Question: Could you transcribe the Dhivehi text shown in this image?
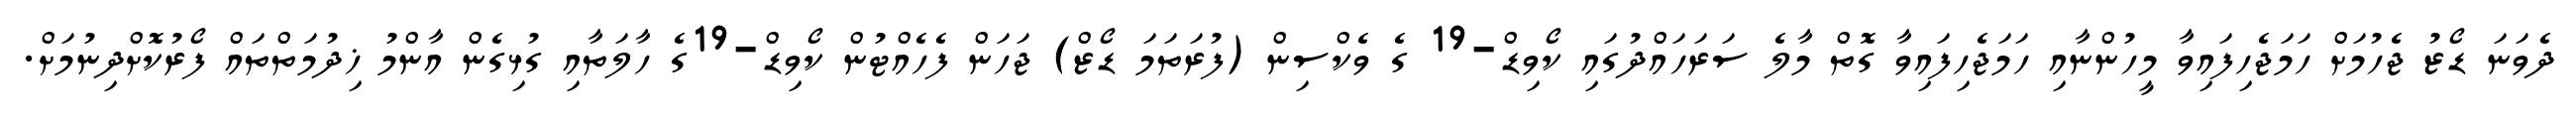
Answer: ދެވަނަ ޑޯޒު ޖެހުމަށް ހަމަޖެހިފައިވާ މީހުންނާއި ހަމަޖެހިފައިވާ ގޮތް މާލެ ސަރަހައްދުގައި ކޯވިޑް-19 ގެ ވެކްސިން (ފުރަތަމަ ޑޯޒް) ޖަހަން ފެހެއްޓުން ކޯވިޑް-19ގެ ހާލަތާއި ގުޅިގެން އާންމު ޚިދުމަތްތައް ފޯރުކޮށްދިނުމަށް.